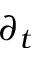
\partial _ { t }